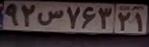
۹۲س۷۶۳۲۱